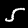
Label: 5